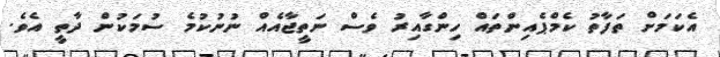
އެކަމަށް ތަފާތު ކެމްޕެއިންތައް ހިންގާއިރު ވެސް ނަތީޖާއެއް ނުނުކުމެ ސުމަކުން ދާތީ އެވެ.